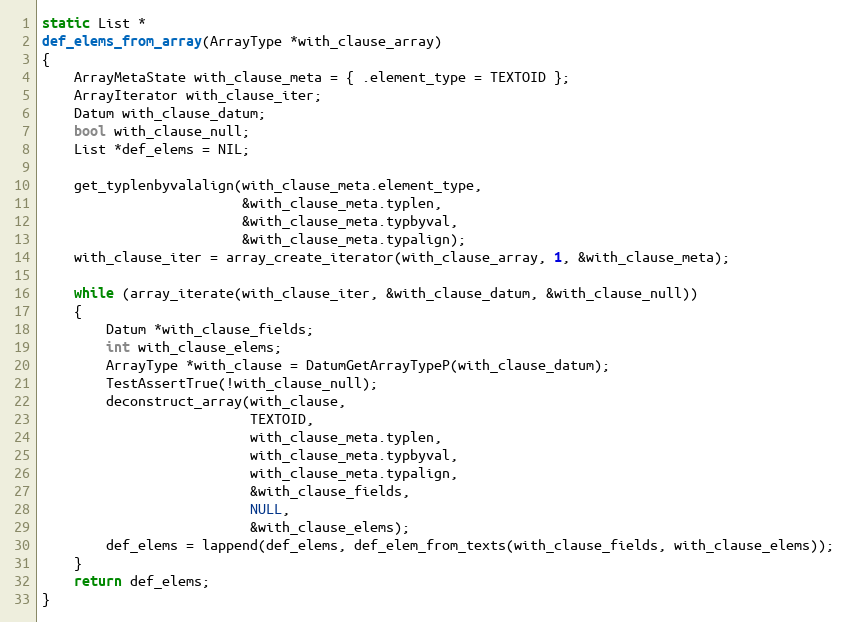
Language: C
static List *
def_elems_from_array(ArrayType *with_clause_array)
{
	ArrayMetaState with_clause_meta = { .element_type = TEXTOID };
	ArrayIterator with_clause_iter;
	Datum with_clause_datum;
	bool with_clause_null;
	List *def_elems = NIL;

	get_typlenbyvalalign(with_clause_meta.element_type,
						 &with_clause_meta.typlen,
						 &with_clause_meta.typbyval,
						 &with_clause_meta.typalign);
	with_clause_iter = array_create_iterator(with_clause_array, 1, &with_clause_meta);

	while (array_iterate(with_clause_iter, &with_clause_datum, &with_clause_null))
	{
		Datum *with_clause_fields;
		int with_clause_elems;
		ArrayType *with_clause = DatumGetArrayTypeP(with_clause_datum);
		TestAssertTrue(!with_clause_null);
		deconstruct_array(with_clause,
						  TEXTOID,
						  with_clause_meta.typlen,
						  with_clause_meta.typbyval,
						  with_clause_meta.typalign,
						  &with_clause_fields,
						  NULL,
						  &with_clause_elems);
		def_elems = lappend(def_elems, def_elem_from_texts(with_clause_fields, with_clause_elems));
	}
	return def_elems;
}